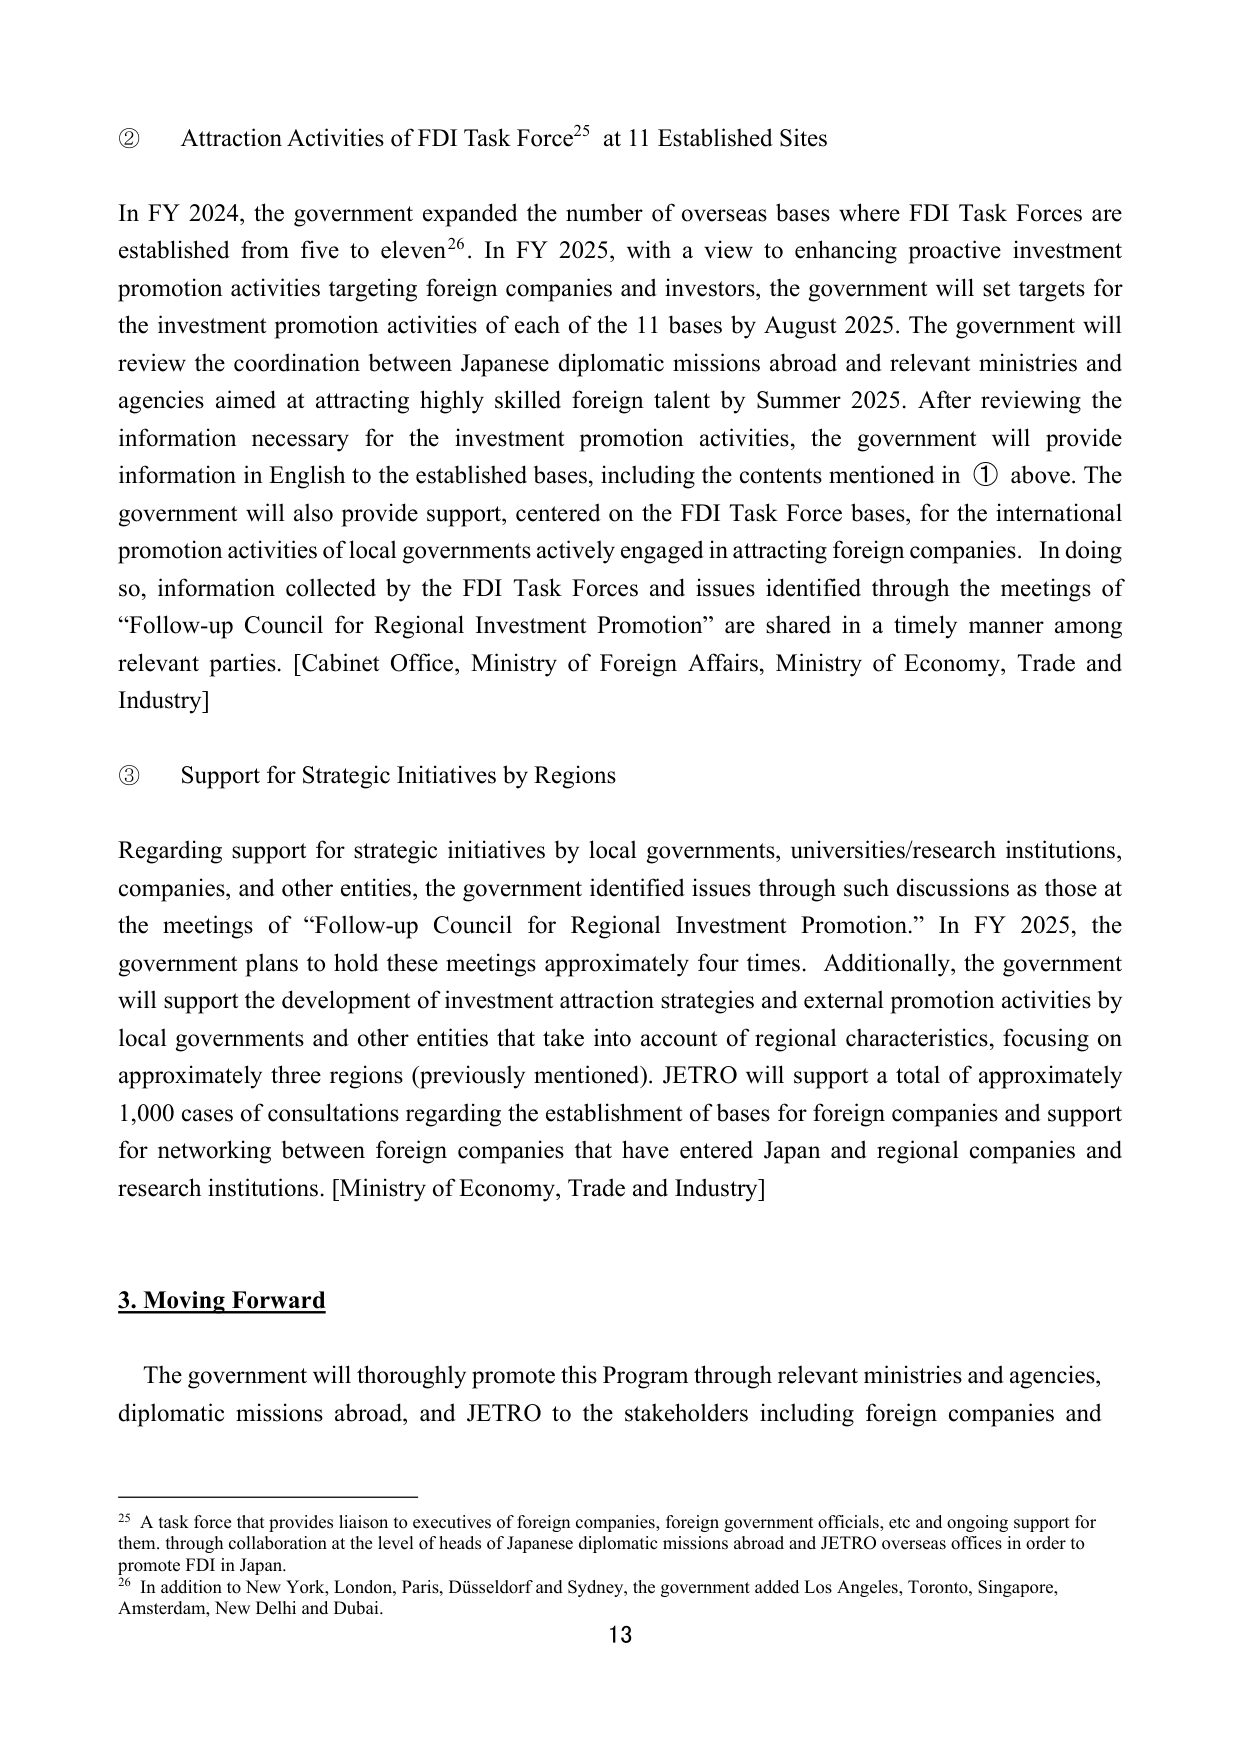
② Attraction Activities of FDI Task Force²⁵ at 11 Established Sites

In FY 2024, the government expanded the number of overseas bases where FDI Task Forces are established from five to eleven²⁶. In FY 2025, with a view to enhancing proactive investment promotion activities targeting foreign companies and investors, the government will set targets for the investment promotion activities of each of the 11 bases by August 2025. The government will review the coordination between Japanese diplomatic missions abroad and relevant ministries and agencies aimed at attracting highly skilled foreign talent by Summer 2025. After reviewing the information necessary for the investment promotion activities, the government will provide information in English to the established bases, including the contents mentioned in ① above. The government will also provide support, centered on the FDI Task Force bases, for the international promotion activities of local governments actively engaged in attracting foreign companies. In doing so, information collected by the FDI Task Forces and issues identified through the meetings of “Follow-up Council for Regional Investment Promotion” are shared in a timely manner among relevant parties. [Cabinet Office, Ministry of Foreign Affairs, Ministry of Economy, Trade and Industry]

③ Support for Strategic Initiatives by Regions

Regarding support for strategic initiatives by local governments, universities/research institutions, companies, and other entities, the government identified issues through such discussions as those at the meetings of “Follow-up Council for Regional Investment Promotion.” In FY 2025, the government plans to hold these meetings approximately four times. Additionally, the government will support the development of investment attraction strategies and external promotion activities by local governments and other entities that take into account of regional characteristics, focusing on approximately three regions (previously mentioned). JETRO will support a total of approximately 1,000 cases of consultations regarding the establishment of bases for foreign companies and support for networking between foreign companies that have entered Japan and regional companies and research institutions. [Ministry of Economy, Trade and Industry]

3. Moving Forward

The government will thoroughly promote this Program through relevant ministries and agencies, diplomatic missions abroad, and JETRO to the stakeholders including foreign companies and

²⁵ A task force that provides liaison to executives of foreign companies, foreign government officials, etc and ongoing support for them, through collaboration at the level of heads of Japanese diplomatic missions abroad and JETRO overseas offices in order to promote FDI in Japan.

²⁶ In addition to New York, London, Paris, Düsseldorf and Sydney, the government added Los Angeles, Toronto, Singapore, Amsterdam, New Delhi and Dubai.

13